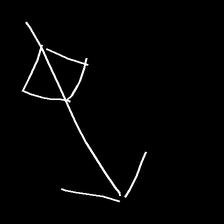
Glyph: focus